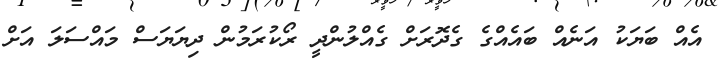
އެއް ބަޔަކު އަނެއް ބައެއްގެ ގެދޮރަށް ގެއްލުންދީ ރޯކުރަމުން ދިޔަޔަސް މައްސަލަ އަށް